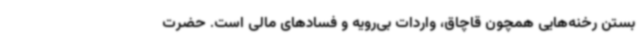
بستن رخنه‌هایی همچون قاچاق، واردات بی‌رویه و فسادهای مالی است. حضرت